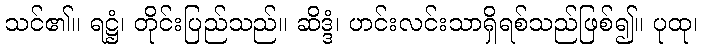
သင်၏။ ရဋ္ဌံ၊ တိုင်းပြည်သည်။ ဆိဒ္ဒံ၊ ဟင်းလင်းသာရှိရစ်သည်ဖြစ်၍။ ပုထု၊